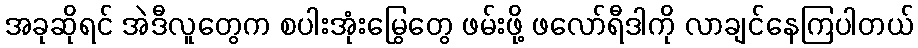
အခုဆိုရင် အဲဒီလူတွေက စပါးအုံးမြွေတွေ ဖမ်းဖို့ ဖလော်ရီဒါကို လာချင်နေကြပါတယ်